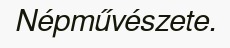
Népművészete.